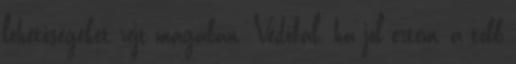
lehetőségeket rejt magában. Védőfal. ha jól értem, a több